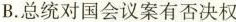
B.总统对国会议案有否决权